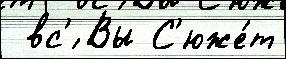
 вс'́ Вы С'юже́т